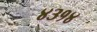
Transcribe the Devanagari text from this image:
४३१४